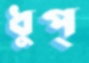
ধুপ্‌